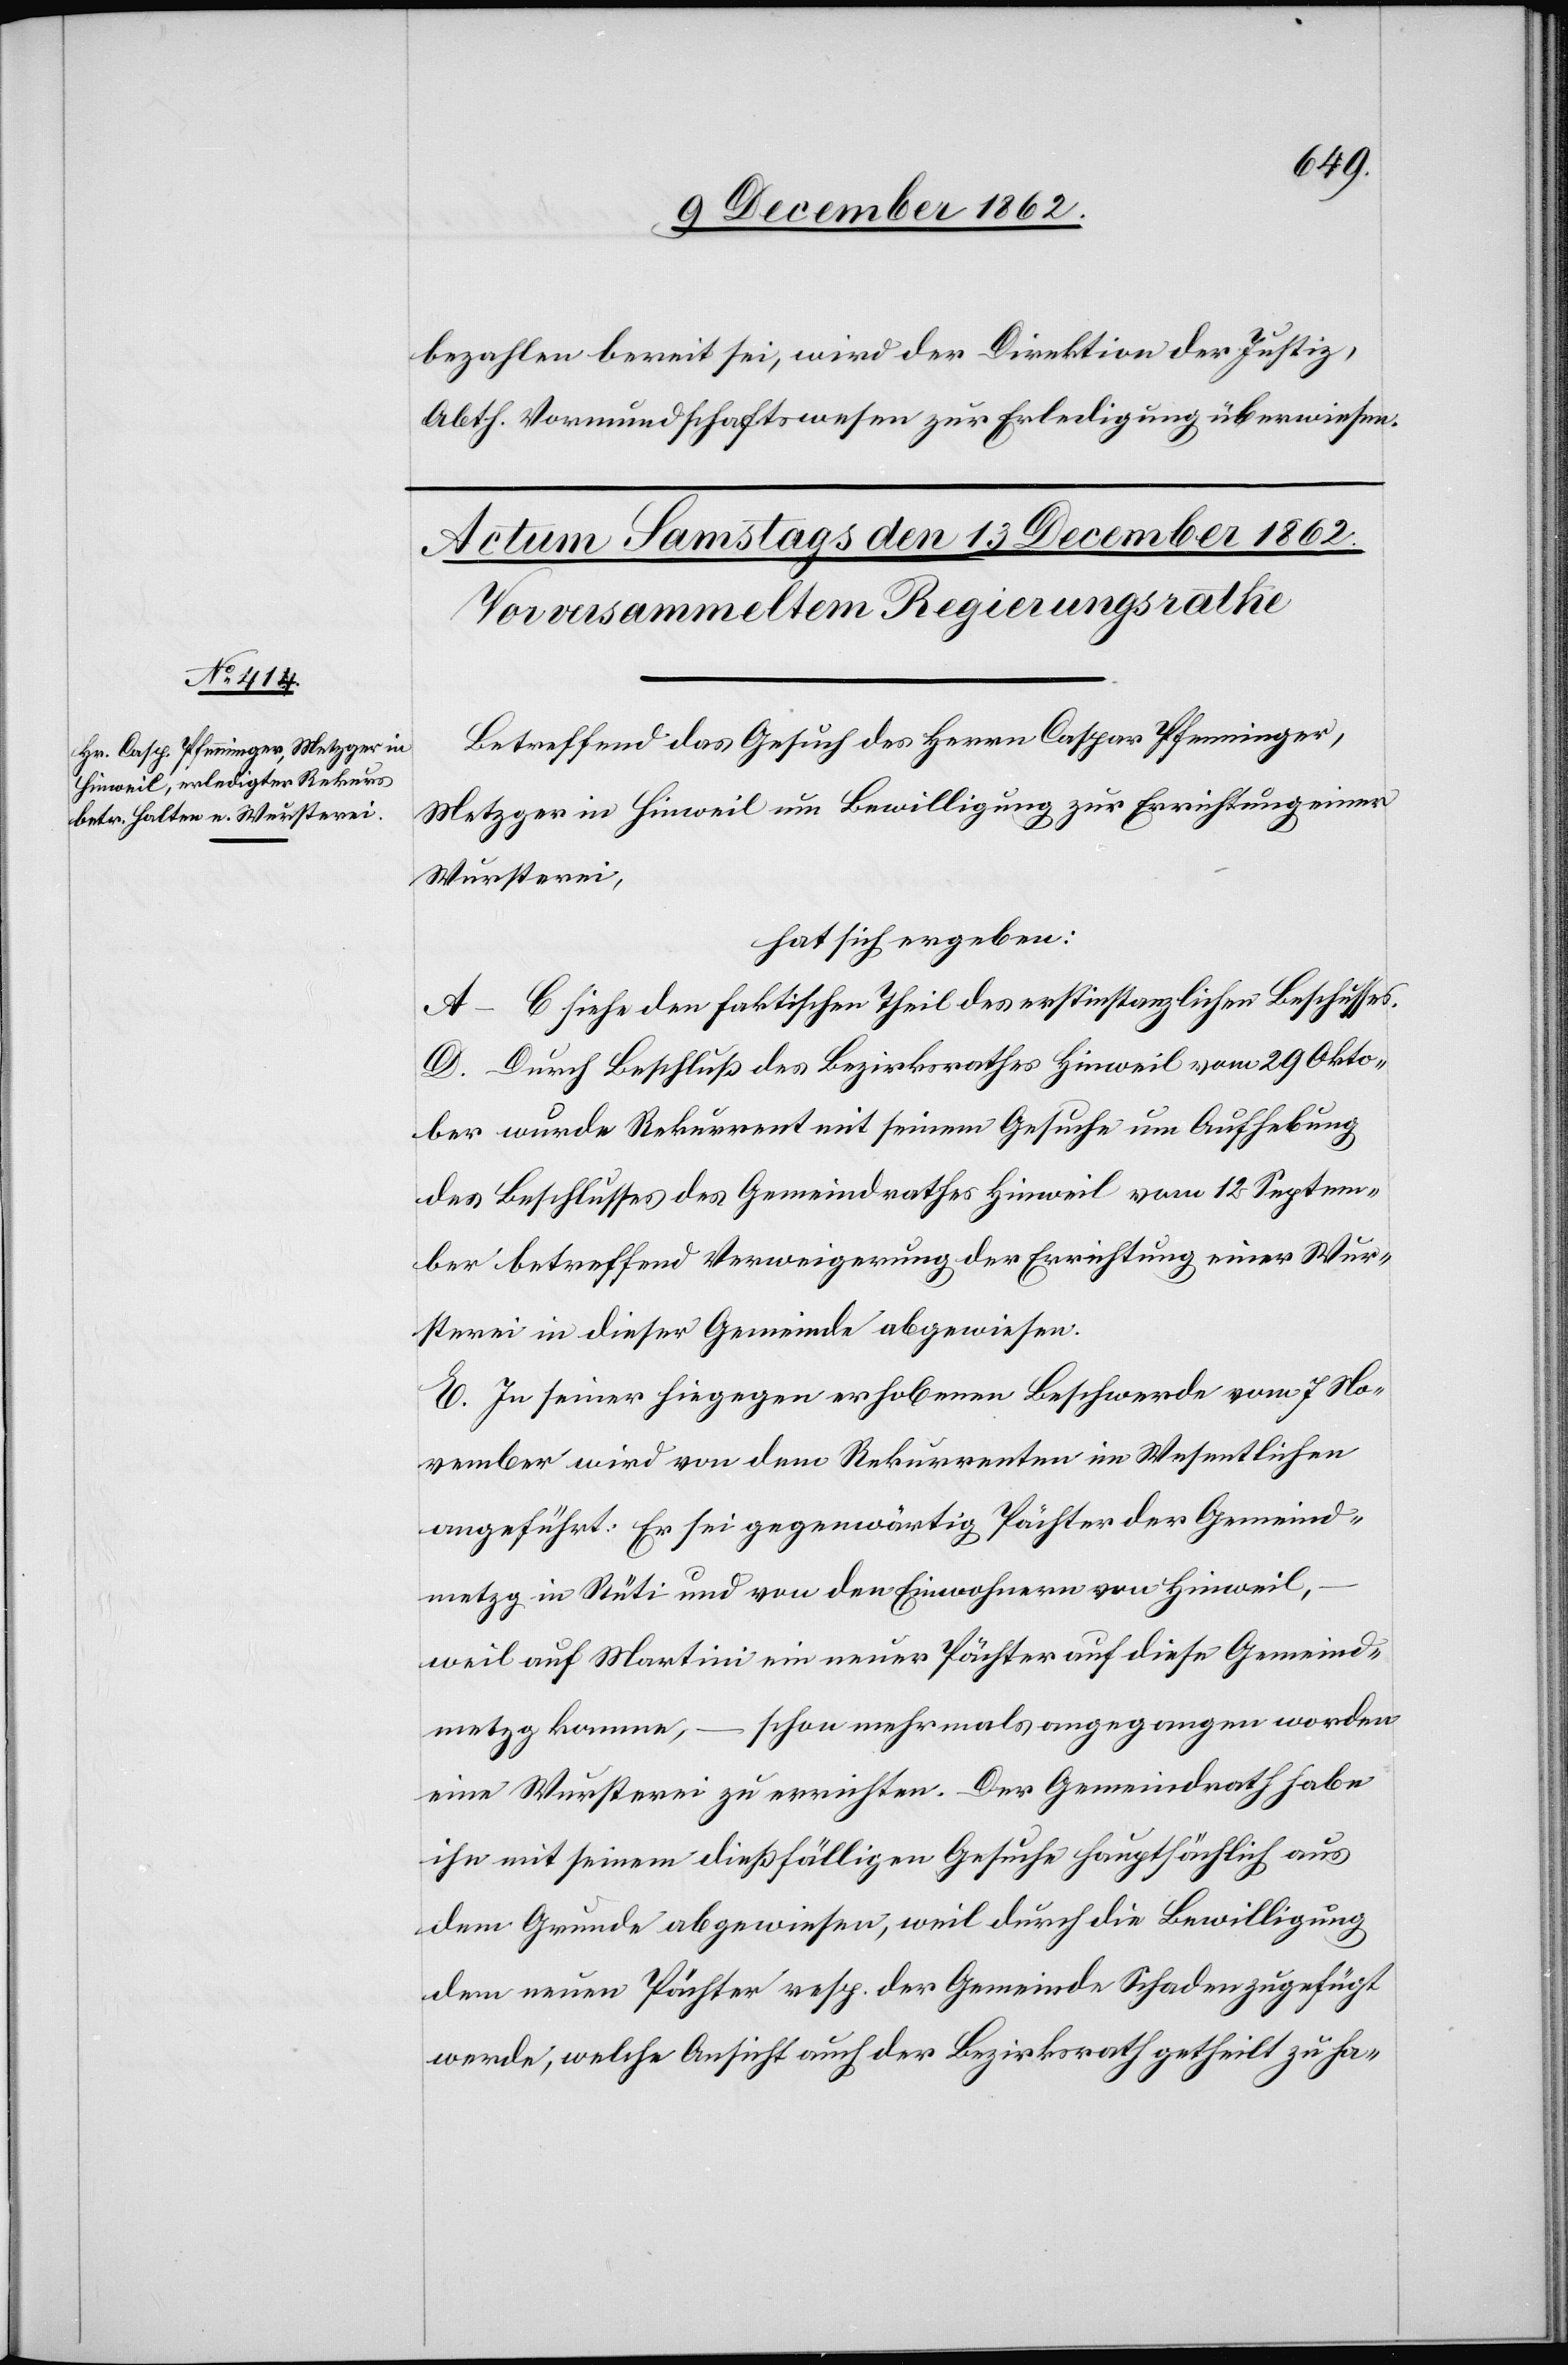
bezahlen bereit sei, wird der Direktion der Justiz,
Abth. Vormundschaftswesen zur Erledigung überwiesen.
Betreffend das Gesuch des Herrn Caspar Pfenninger,
Metzger in Hinweil um Bewilligung zur Errichtung einer
Wursterei,
hat sich ergeben.
A–C siehe den faktischen Theil des erstinstanzlichen Beschlusses.
D. Durch Beschluß des Bezirksrathes Hinweil vom 29. Okto¬
ber wurde Rekurrent mit seinem Gesuche um Aufhebung
des Beschlusses des Gemeindrathes Hinweil vom 12. Septem¬
ber betreffend Verweigerung der Errichtung einer Wur¬
sterei in dieser Gemeinde abgewiesen.
E. In seiner hiegegen erhobenen Beschwerde vom 7. No¬
vember wird von dem Rekurrenten im Wesentlichen
angeführt: Er sei gegenwärtig Pächter der Gemeind¬
metzg in Rüti und von den Einwohnern von Hinweil,
weil auf Martini ein euer Pächter auf diese Gemeind¬
schon mehr mals angegangen worden
metzg komme,
eine Wursterei zu errichten. Der Gemeindrath habe
ihn mit seinem dießfälligen Gesuche hauptsächlich aus
dem Grunde abgewiesen, weil durch die Bewilligung
dem neuen Pächter resp. der Gemeinde Schaden zugefügt
werde, welche Ansicht auch der Bezirksrath getheilt zu ha-